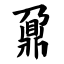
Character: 鼐